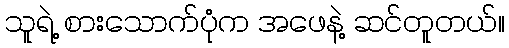
သူရဲ့ စားသောက်ပုံက အဖေနဲ့ ဆင်တူတယ်။